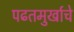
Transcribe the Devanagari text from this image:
पढतमुर्खाचे